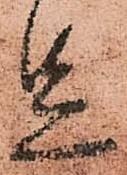
足